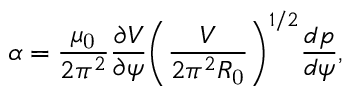
\alpha = \frac { \mu _ { \mathrm { 0 } } } { 2 \pi ^ { 2 } } \frac { \partial V } { \partial \psi } \bigg ( \frac { V } { 2 \pi ^ { 2 } R _ { \mathrm { 0 } } } \bigg ) ^ { 1 / 2 } \frac { d p } { d \psi } ,